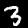
Digit: 3